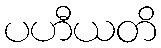
ပဟီယတိ